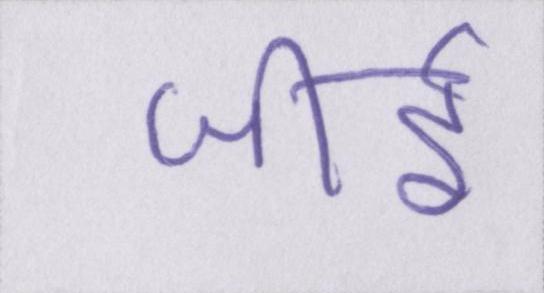
जीर्इ